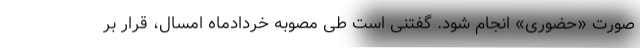
صورت «حضوری» انجام شود. گفتنی است طی مصوبه خردادماه امسال، قرار بر